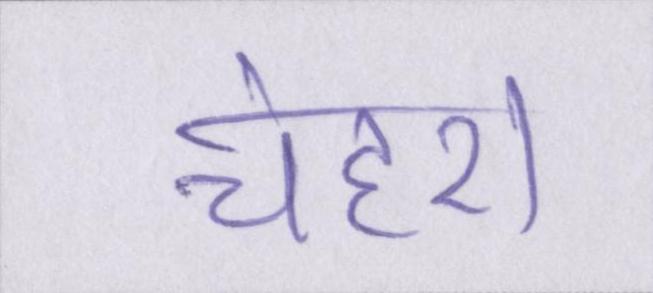
चेहरा